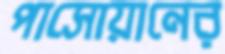
পাসোয়ানের